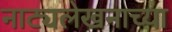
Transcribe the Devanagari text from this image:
नाट्यलेखनाच्या